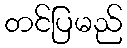
တင်ပြမည်